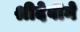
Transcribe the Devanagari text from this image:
श्रीदेवीने